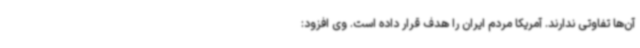
آن‌ها تفاوتی ندارند. آمریکا مردم ایران را هدف قرار داده است. وی افزود: